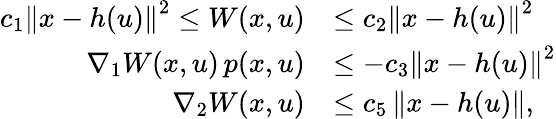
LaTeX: \begin{array}{rl}{c_{1}\left\| x-h(u)\right\| ^{2}\leq W(x,u)}&{\leq c_{2}\left\| x-h(u)\right\| ^{2}}\\ {\nabla_{1}W(x,u)\, p(x,u)}&{\leq-c_{3}\left\| x-h(u)\right\| ^{2}}\\ {\nabla_{2}W(x,u)}&{\leq c_{5}\left\| x-h(u)\right\| ,}\end{array}